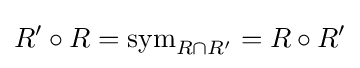
R'\circ R={\rm {sym}}_{R\cap R'}=R\circ R'